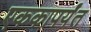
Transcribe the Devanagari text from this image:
एककापर्यंत